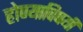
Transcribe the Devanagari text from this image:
होण्याविषयी